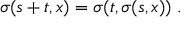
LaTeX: \sigma ( s + t , x ) = \sigma ( t , \sigma ( s , x ) ) \; .